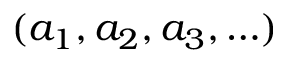
( a _ { 1 } , a _ { 2 } , a _ { 3 } , \ldots )